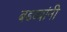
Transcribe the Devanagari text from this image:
बडव्यांनी